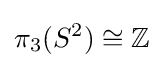
\pi _{3}(S^{2})\cong \mathbb {Z}